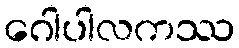
ဂေါပါလကဿ